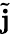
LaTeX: \tilde{\mathbf j}